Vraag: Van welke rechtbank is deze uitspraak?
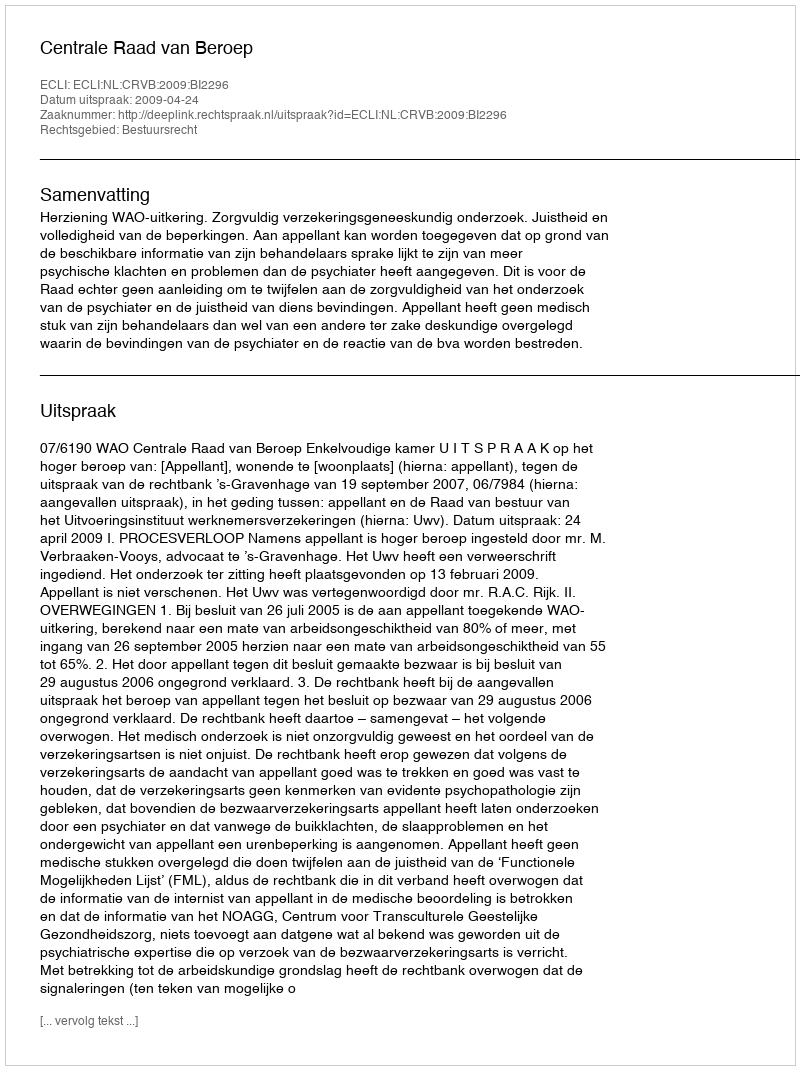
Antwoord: Centrale Raad van Beroep